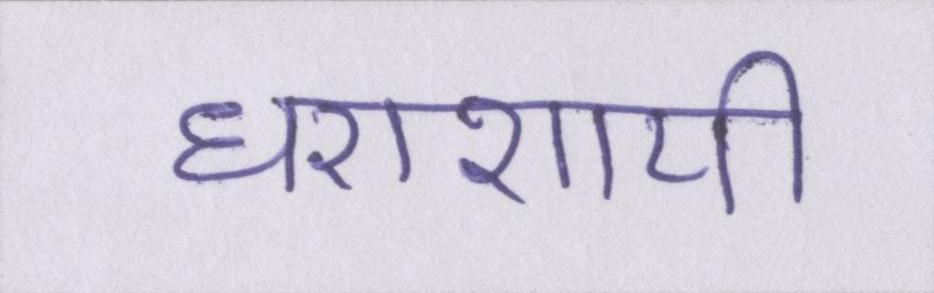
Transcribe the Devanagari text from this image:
धराशायी